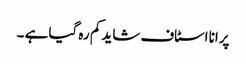
پرانا اسٹاف شاید کم رہ گیا ہے ۔